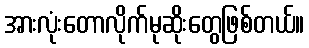
အားလုံးတောလိုက်မုဆိုးတွေဖြစ်တယ်။